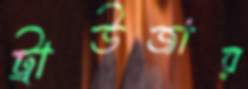
ট্রাউজার